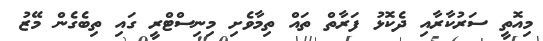
މިއޮތީ ސަރުކާރާއި ދެކޮޅު ފަރާތް ތައް ތިމާވެށި މިނިސްޓްރީ ގައި ތިބެގެން މޭޒު